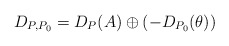
\begin{align*} D_{P, P_0}= D_P(A) \oplus(- D_{P_0}(\theta)) \end{align*}